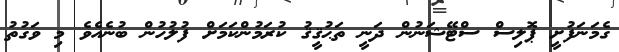
ގެމަނަފުށީ ޕޮލިސް ސްޓޭޝަނުން ދަނީ ތަޙުޤީޤު ކުރަމުންކަމަށް ފުލުހުން ބުނެއެވެ މި ވަގުތު